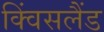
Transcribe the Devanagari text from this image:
क्विंसलैंड